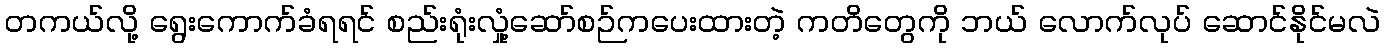
တကယ်လို့ ရွေးကောက်ခံရရင် စည်းရုံးလှုံ့ဆော်စဉ်ကပေးထားတဲ့ ကတိတွေကို ဘယ် လောက်လုပ် ဆောင်နိုင်မလဲ